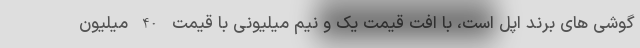
گوشی های برند اپل است، با افت قیمت یک و نیم میلیونی با قیمت 40 میلیون